Annual statistical returns and brief notes on vaccination in Bengal - 1909-1929
Year: 1909
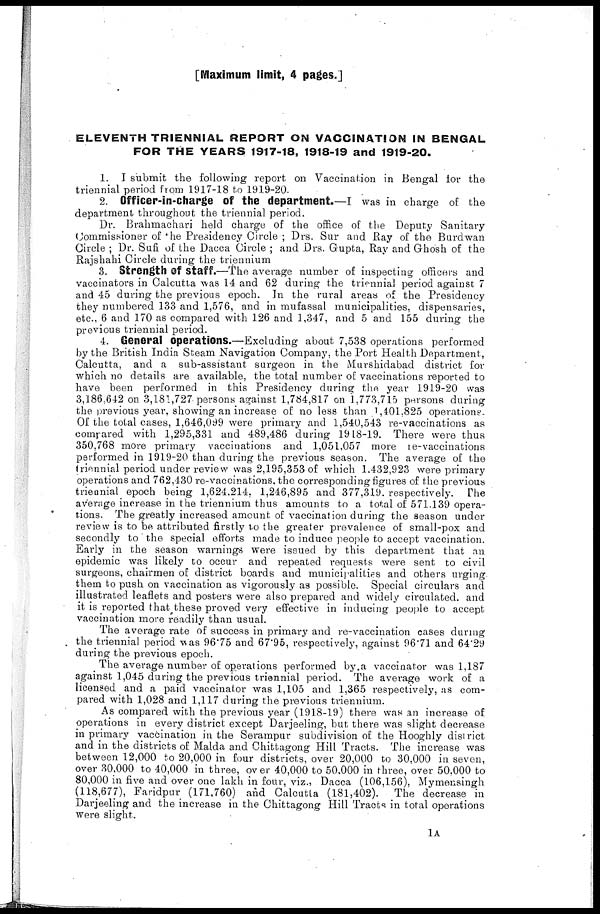
[Maximum limit, 4 pages.]
ELEVENTH TRIENNIAL REPORT ON VACCINATION IN BENGAL
FOR THE YEARS 1917-18, 1918-19 and 1919-20.
1. I submit the following report on Vaccination in Bengal for the
triennial period from 1917-18 to 1919-20.
2. Officer-in-charge of the department.—I was in charge of the
department throughout the triennial period.
Dr. Brahmachari held charge of the office of the Deputy Sanitary
Commissioner of the Presidency Circle ; Drs. Sur and Ray of the Burdwan
Circle ; Dr. Sufi of the Dacca Circle ; and Drs. Gupta, Ray and Ghosh of the
Rajshahi Circle during the triennium
3. Strength of Staff.—The average number of inspecting officers and
vaccinators in Calcutta was 14 and 62 during the triennial period against 7
and 45 during the previous epoch. In the rural areas of the Presidency
they numbered 133 and 1,576, and in mufassal municipalities, dispensaries,
etc., 6 and 170 as compared with 126 and 1,347, and 5 and 155 during the
previous triennial period.
4. General operations.—Excluding about 7,538 operations performed
by the British India Steam Navigation Company, the Port Health Department,
Calcutta, and a sub-assistant surgeon in the Murshidabad district for
which no details are available, the total number of vaccinations reported to
have been performed in this Presidency during the year 1919-20 was
3,186,642 on. 3,181,727 persons against 1,784,817 on 1,773,715 persons during
the previous year, showing an increase of no less than 1,401,825 operations.
Of the total cases, 1,646,099 were primary and 1,540,543 re-vaccinations as
compared with 1,295,331 and 489,486 during 1918-19. There were thus
350,768 more primary vaccinations and 1,051,057 more re-vaccinations
performed in 1919-20 than during the previous season. The average of the
triennial period under review was 2,195,353 of which 1.432,923 were primary
operations and 762,430 re-vaccinations, the corresponding figures of the previous
triennial epoch being 1,624,214, 1,246,895 and 377,319. respectively. The
average increase in the triennium thus amounts to a total of 571.139 opera-
tions. The greatly increased amount of vaccination during the season under
review is to be attributed firstly t o the greater prevalence of small-pox and
secondly to the special efforts made to induce people to accept vaccination.
Early in the season warnings were issued by this department that an
epidemic was likely to occur and repeated requests were sent to civil
surgeons, chairmen of district boards and municipalities and others urging
them to push on vaccination as vigorously as possible. Special circulars and
illustrated leaflets and posters were also prepared and widely circulated, and
it is reported that these proved very effective in inducing people to accept
vaccination more readily than usual.
The average rate of success in primary and re-vaccination cases during
the triennial period was 96.75 and 67.95, respectively, against 96.71 and 64.29
during the previous epoch.
The average number of operations performed by a vaccinator was 1,187
against 1,045 during the previous triennial period. The average work of a
licensed and a paid vaccinator was 1,105 and 1,365 respectively, as com-
pared with 1,028 and 1,117 during the previous triennium.
As compared with the previous year (1918-19) there was an increase of
operations in every district except Darjeeling, but there was slight decrease
in primary vaccination in the Serampur subdivision of the Hooghly district
and in the districts of Malda and Chittagong Hill Tracts. The increase was
between 12,000 to 20,000 in four districts, over 20,000 to 30,000 in seven,
over 30,000 to 40,000 in three, over 40,000 to 50,000 in three, over 50,000 to
80,000 in five and over one lakh in four, viz., Dacca (106,156), Mymensingh
(118,677), Faridpur (171,760) and Calcutta (181,402). The decrease in
Darjeeling and the increase in the Chittagong Hill Tracts in total operations
were slight.
1A